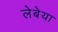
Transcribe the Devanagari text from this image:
लेबेया